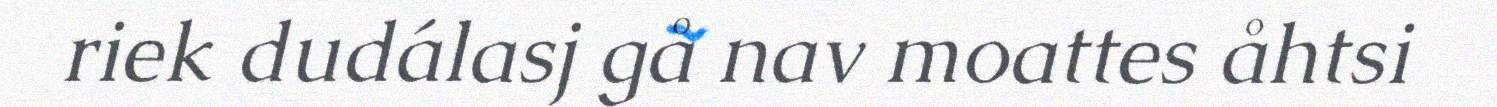
riek dudálasj gå nav moattes åhtsi